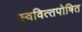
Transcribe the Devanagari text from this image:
स्‍ववित्‍तपोषित